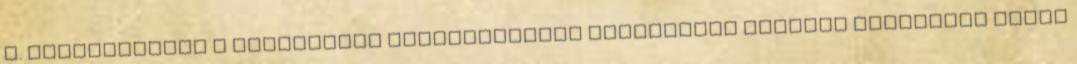
I. kategóriában a gyakorlati laboratóriumi fordulóban legjobb eredményt elért